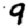
Digit: 9